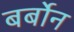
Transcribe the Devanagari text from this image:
बर्बोन